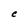
Character: C